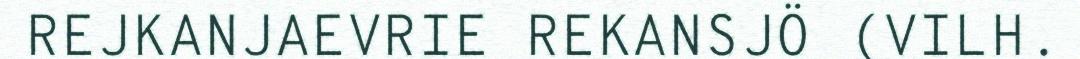
REJKANJAEVRIE REKANSJÖ (VILH.